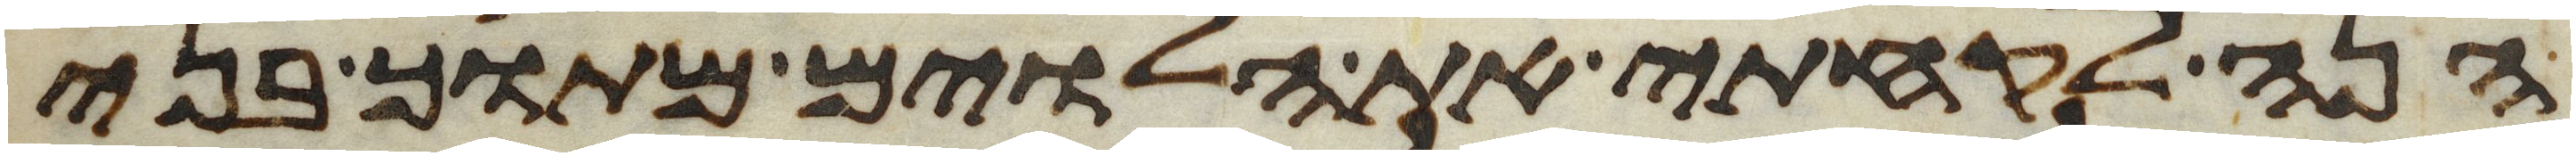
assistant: הנה לקחתי את הלוים מתוך בני